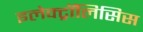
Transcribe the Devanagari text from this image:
इलेक्ट्रॉलिसिस